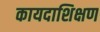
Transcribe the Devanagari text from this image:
कायदाशिक्षण